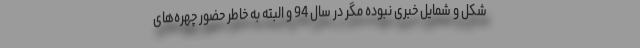
شکل و شمایل خبری نبوده مگر در سال 94 و البته به خاطر حضور چهره‌های